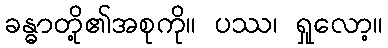
ခန္ဓာတို့၏အစုကို။ ပဿ၊ ရှုလော့။